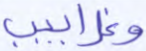
وغرابيب